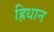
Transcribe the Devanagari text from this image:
ह्रिधान